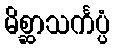
မိစ္ဆာသင်္ကပ္ပံ